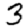
Digit: 3